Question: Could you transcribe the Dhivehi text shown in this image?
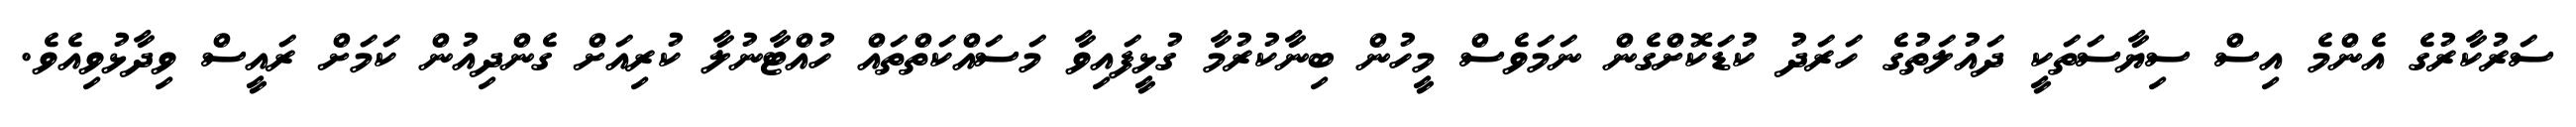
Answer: ސަރުކާރުގެ އެންމެ އިސް ސިޔާސަތަކީ ދައުލަތުގެ ހަރަދު ކުޑަކޮށްގެން ނަމަވެސް މީހުން ބިނާކުރުމާ ގުޅީފައިވާ މަސައްކަތްތައް ހުއްޓާނުލާ ކުރިއަށް ގެންދިއުން ކަމަށް ރައީސް ވިދާޅުވިއެވެ.